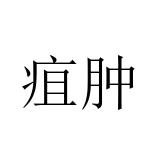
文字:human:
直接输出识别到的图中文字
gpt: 疽肿